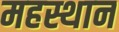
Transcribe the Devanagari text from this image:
महस्थान